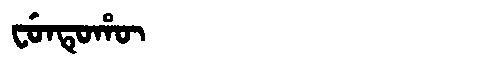
Manchu: ᠸᡠᠨᡨᡠᡥᡡ
Romanization: FUNTUHŪ